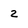
Character: 2